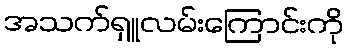
အသက်ရှူလမ်းကြောင်းကို